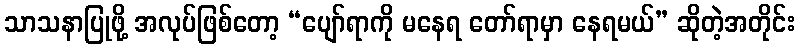
သာသနာပြုဖို့ အလုပ်ဖြစ်တော့ “ပျော်ရာကို မနေရ တော်ရာမှာ နေရမယ်” ဆိုတဲ့အတိုင်း